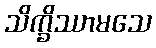
သိက္ခိဿာမသေ